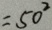
= 5 0 ^ { 2 }